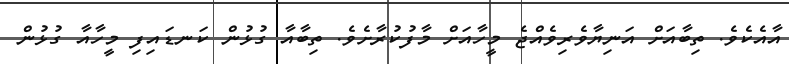
އާއެކެވެ. ތިބާއަށް އަނިޔާވެރިވެއްޖެ މީހާއަށް މާފުކުރާށެވެ. ތިބާއާ ގުޅުން ކަނޑައިފި މީހާއާ ގުޅުން